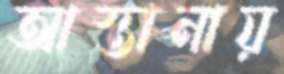
আস্তানায়